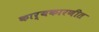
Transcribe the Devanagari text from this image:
कार्यकारणीत